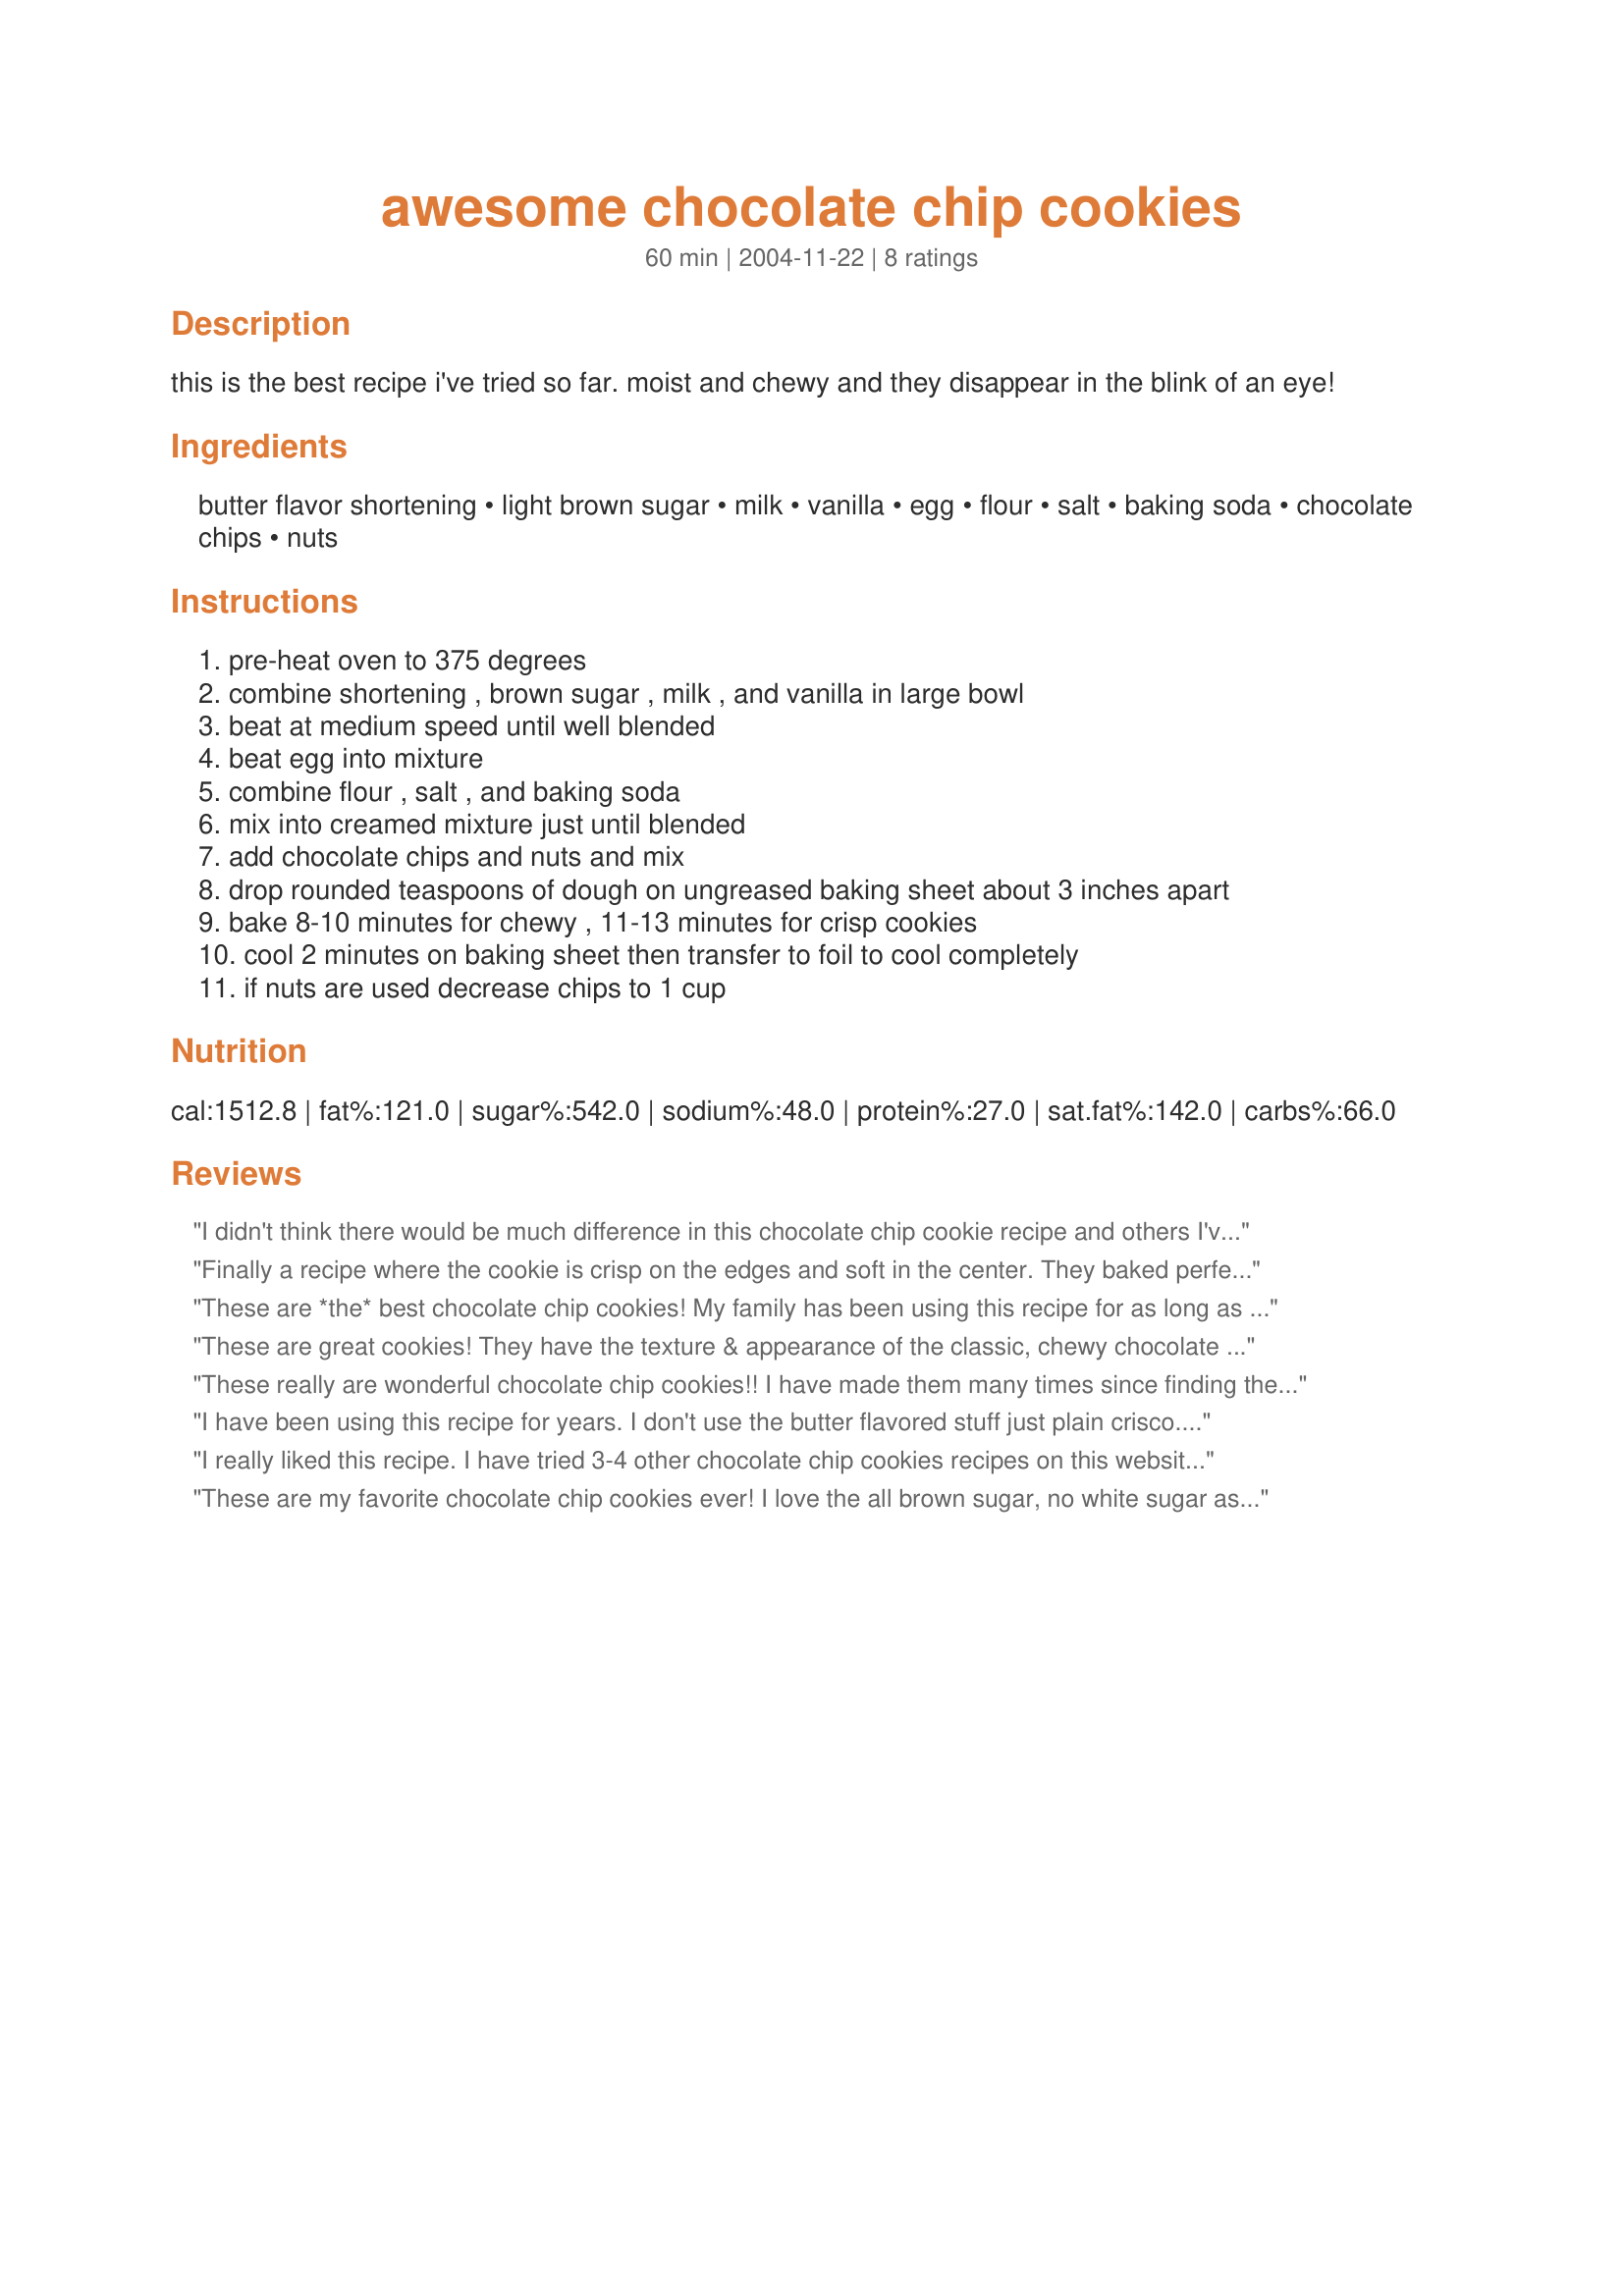
awesome chocolate chip cookies
Preparation time: 60 minutes

this is the best recipe i've tried so far. moist and chewy and they disappear in the blink of an eye!

Ingredients:
butter flavor shortening, light brown sugar, milk, vanilla, egg, flour, salt, baking soda, chocolate chips, nuts

Steps:
pre-heat oven to 375 degrees, combine shortening , brown sugar , milk , and vanilla in large bowl, beat at medium speed until well blended, beat egg into mixture, combine flour , salt , and baking soda, mix into creamed mixture just until blended, add chocolate chips and nuts and mix, drop rounded teaspoons of dough on ungreased baking sheet about 3 inches apart, bake 8-10 minutes for chewy , 11-13 minutes for crisp cookies, cool 2 minutes on baking sheet then transfer to foil to cool completely, if nuts are used decrease chips to 1 cup

Reviews:
I didn't think there would be much difference in this chocolate chip cookie recipe and others I've tried ... but, boy, was I wrong! These have great flavor and a wonderful soft texture. I made as written except I used regular shortening instead of butter flavor; and I substituted a coarsley chopped Ghiradelli semi-sweet chocolate bar (4 oz.) for the chocolate chips. This will be saved in my "favorites" cookbook!
Finally a recipe where the cookie is crisp on the edges and soft in the center. They baked perfectly in 9-10 minutes for us. I even used them for "Recipe #310677" by making them a bit larger. A hit with our family. As a matter of fact I'm eating one now as I have my evening coffee. Thanks for sharing. Tagged in Zaar Cookbook Tag Game
These are *the* best chocolate chip cookies! My family has been using this recipe for as long as Crisco has been putting it on their packaging and it's the *only* recipe we will use for choc. chip cookies. We always leave out the nuts. They are soooooooooo buttery and soft - perfect in my mind! Yum!
These are great cookies! They have the texture & appearance of the classic, chewy chocolate chip cookie with the subtly different caramel-y flavor from the exclusive use of brown sugar. I will make this repeatedly, LOL! Thanks for posting Pam!
These really are wonderful chocolate chip cookies!! I have made them many times since finding the recipe on the Crisco container. Thanks for posting it here!
I have been using this recipe for years. I don't use the butter flavored stuff just plain crisco. This year I used silicone bake sheets and it gave the cookies a uniform size with a slight crispy bottom. Also sprinkle the cookies with salt when I take them out of the oven. I have tried many recipes and this remains the best!!!!
I really liked this recipe. I have tried 3-4 other chocolate chip cookies recipes on this website, but this one is the best. The ingredient portions were right on and the cookies really looked good (and of course tasted delicious). Great recipe!!
These are my favorite chocolate chip cookies ever! I love the all brown sugar, no white sugar aspect. It adds so much flavor to the cookie. I used dark brown sugar as I like the molassesy flavor. I used real butter instead of shortning. Take them out just before you think they are done and they are sooo chewy. Thank you for posting this.
